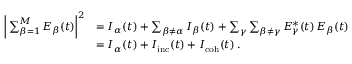
\begin{array} { r l } { \bigg | \sum _ { \beta = 1 } ^ { M } E _ { \beta } ( t ) \bigg | ^ { 2 } } & { = I _ { \alpha } ( t ) + \sum _ { \beta \neq \alpha } I _ { \beta } ( t ) + \sum _ { \gamma } \sum _ { \beta \neq \gamma } E _ { \gamma } ^ { * } ( t ) \, E _ { \beta } ( t ) } \\ & { = I _ { \alpha } ( t ) + I _ { \mathrm { i n c } } ( t ) + I _ { \mathrm { c o h } } ( t ) \, . } \end{array}